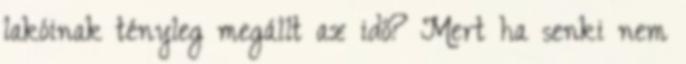
lakóinak tényleg megállt az idő? Mert ha senki nem